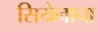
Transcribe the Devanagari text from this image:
सियेनाचा